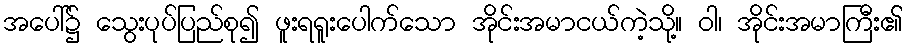
အပေါ်၌ သွေးပုပ်ပြည်စု၍ ဖူးရရူးပေါက်သော အိုင်းအမာငယ်ကဲ့သို့။ ဝါ၊ အိုင်းအမာကြီး၏